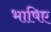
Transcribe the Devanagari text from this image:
भाषिए